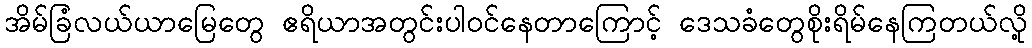
အိမ်ခြံလယ်ယာမြေတွေ ဧရိယာအတွင်းပါဝင်နေတာကြောင့် ဒေသခံတွေစိုးရိမ်နေကြတယ်လို့